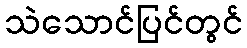
သဲသောင်ပြင်တွင်